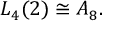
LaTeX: L _ { 4 } ( 2 ) \cong A _ { 8 } .